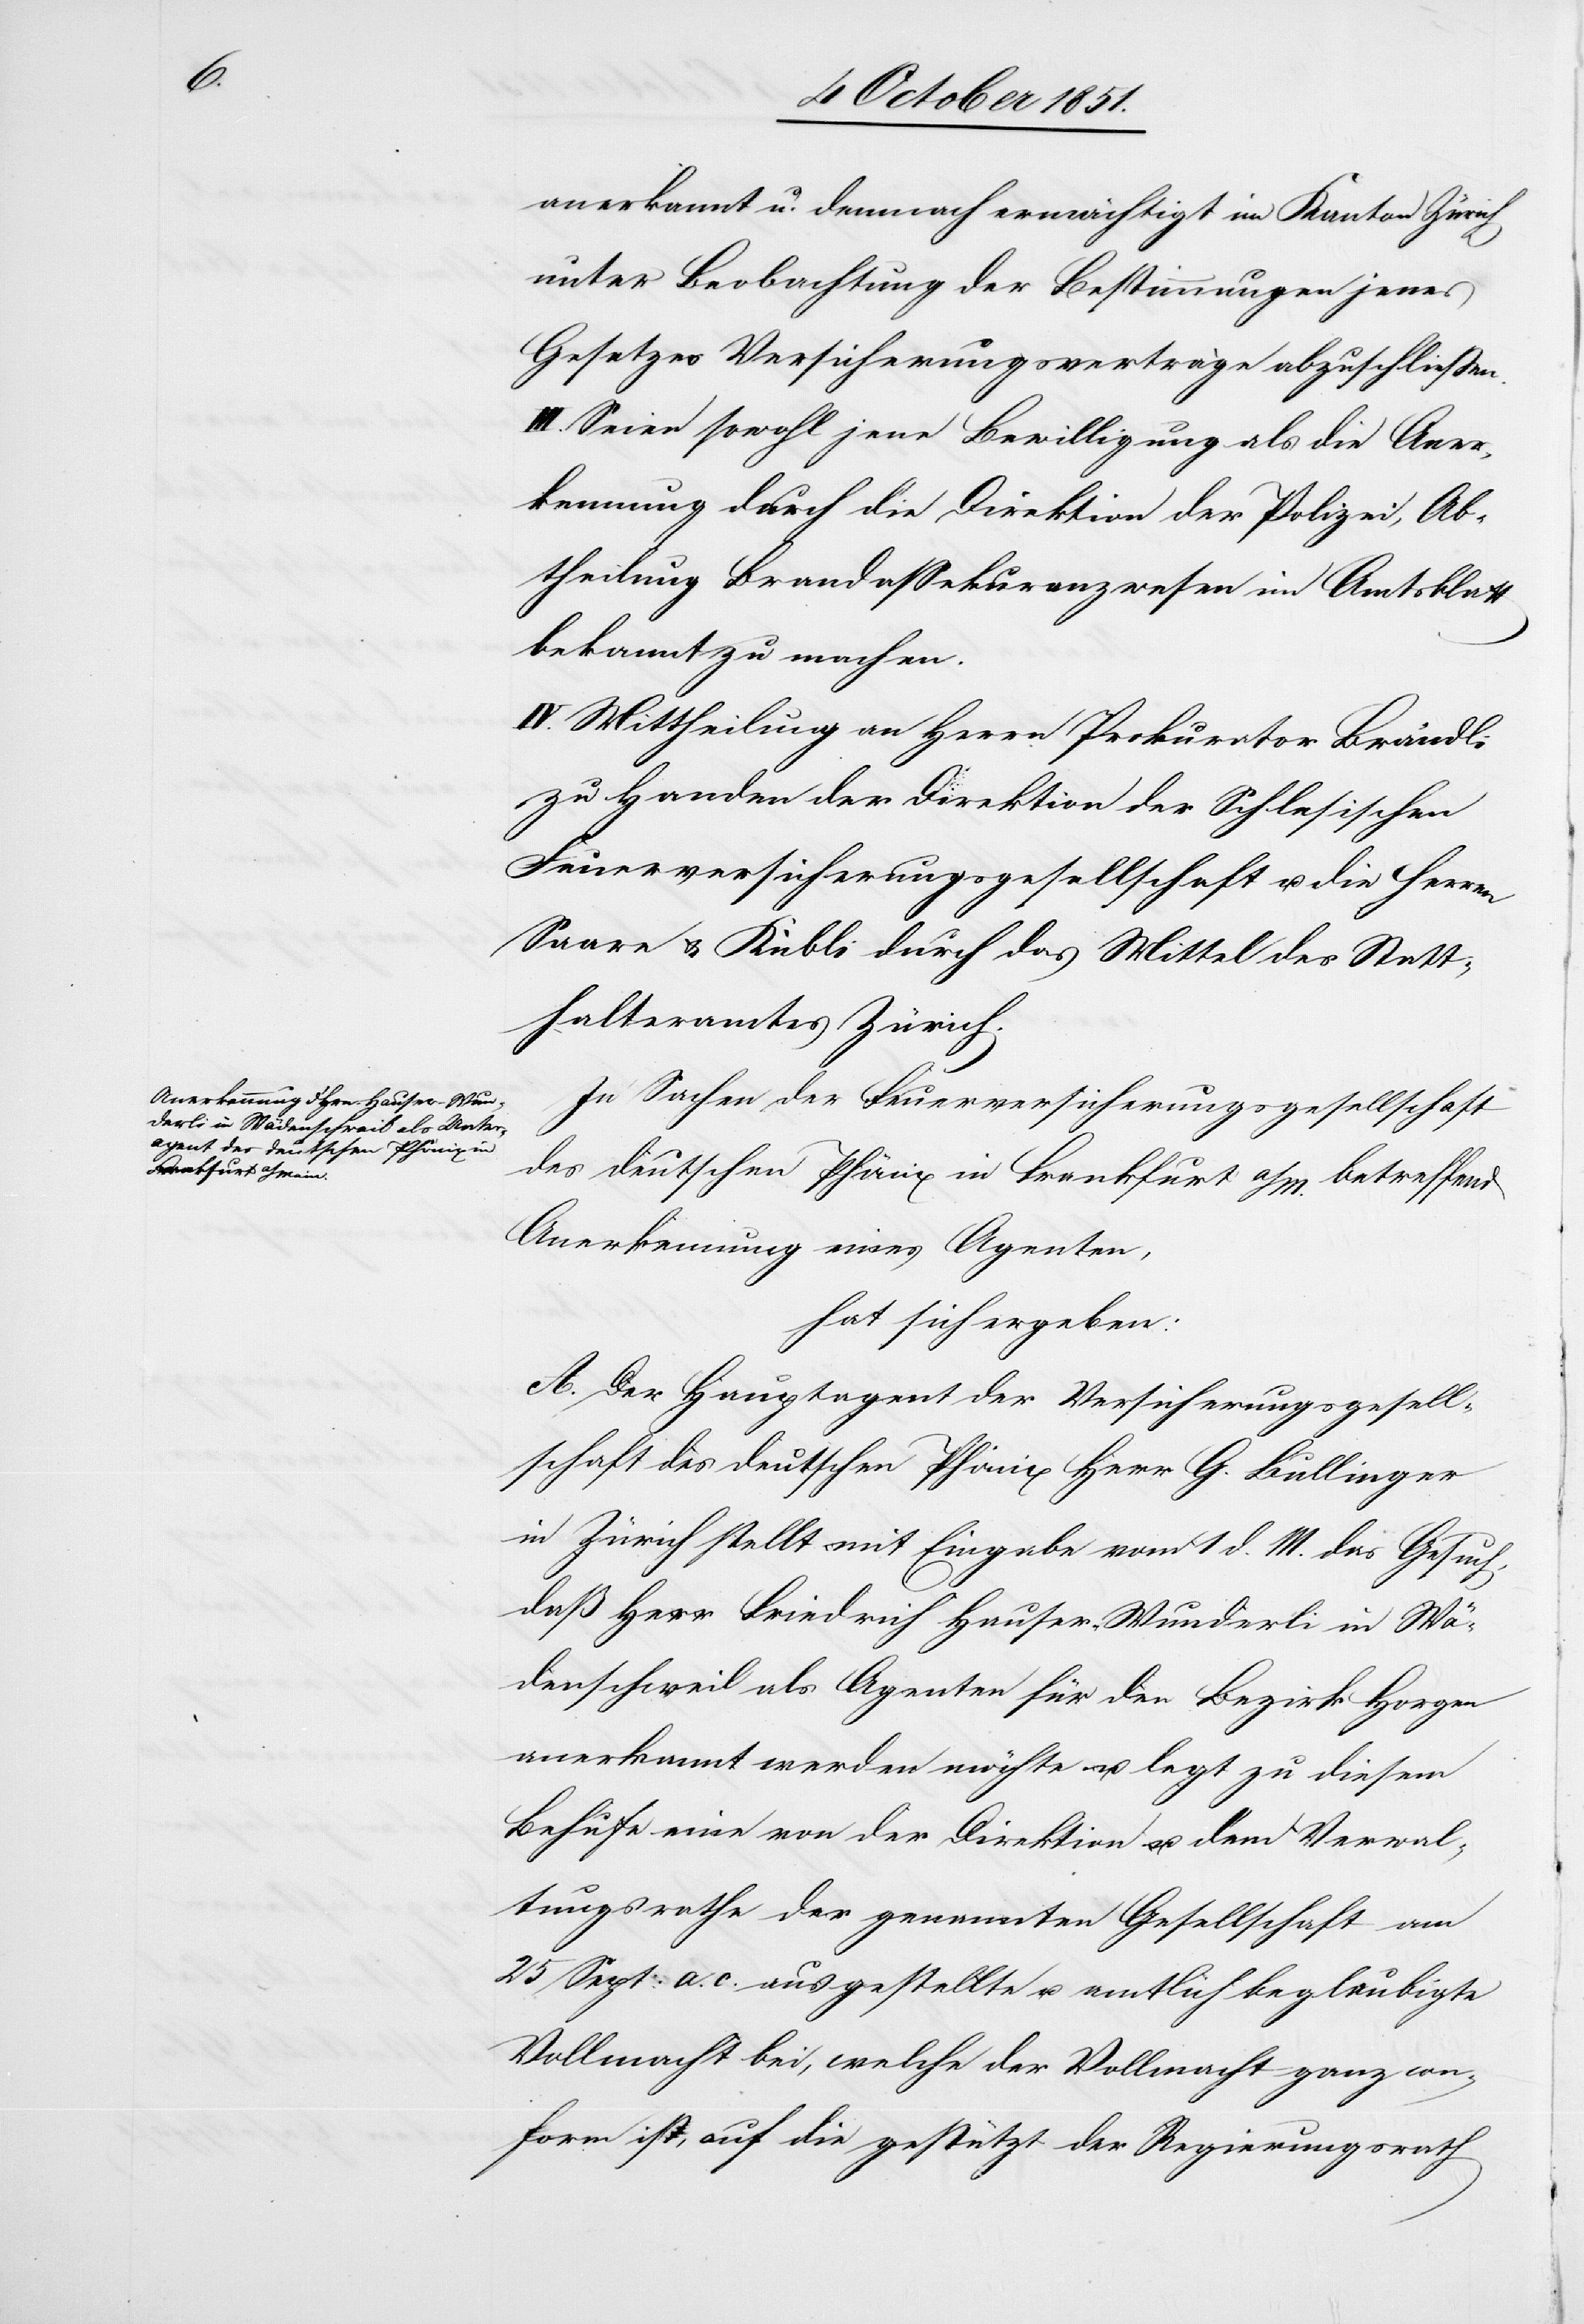
anerkannt u. demnach ermächtigt im Kanton Zürich
unter Beobachtung der Bestimmungen jenes
Gesetzes Versicherungsverträge abzuschließen.
III. Seien sowohl jene Bewilligung als die Aner¬
kennung durch die Direktion der Polizei, Ab¬
theilung Brandassekuranzwesen im Amtsblatt
bekannt zu machen.
IV. Mittheilung an Herrn Prokurator Brändli
zu Handen der Direktion der Schlesischen
Feuerversicherungsgesellschaft u. die Herren
Saare & Kubli durch das Mittel des Statt¬
halteramtes Zürich.
In Sachen der Feuerversicherungsgesellschaft
des deutschen Phönix in Frankfurt a/M. betreffend
Anerkennung eines Agenten,
hat sich ergeben:
A. Der Hauptagent der Versicherungsgesell¬
schaft des deutschen Phönix Herr G. Bullinger
in Zürich stellt mit Eingabe vom 1 d. M. das Gesuch,
daß Herr Friedrich Hauser-Wunderli in Wä¬
denschweil als Agenten für den Bezirk Horgen
anerkannt werden möchte u. legt zu diesem
Behufe eine von der Direktion u. dem Verwal¬
tungsrathe der genannten Gesellschaft am
25 Sept: a. c. ausgestellte u. amtlich beglaubigte
Vollmacht bei, welche der Vollmacht ganz con¬
form ist, auf die gestützt der Regierungsrath